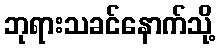
ဘုရားသခင်နောက်သို့